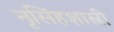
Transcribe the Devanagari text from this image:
नृसिंहशास्त्री